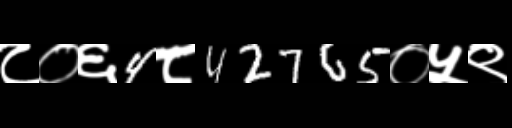
Text: ८०६4८42765०५९